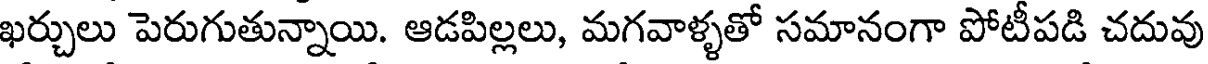
ఖర్చులు పెరుగుతున్నాయి. ఆడపిల్లలు, మగవాళ్ళతో సమానంగా పోటీపడి చదువు